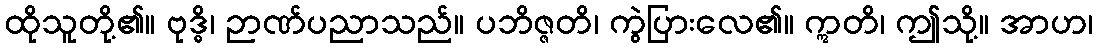
ထိုသူတို့၏။ ဗုဒ္ဓိ၊ ဉာဏ်ပညာသည်။ ပဘိဇ္ဇတိ၊ ကွဲပြားလေ၏။ ဣတိ၊ ဤသို့။ အာဟ၊